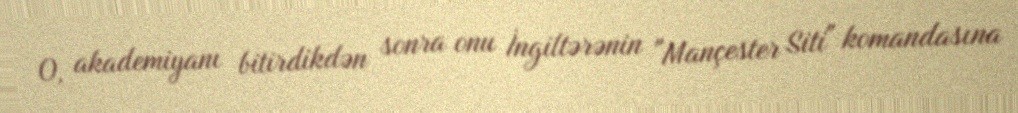
O, akademiyanı bitirdikdən sonra onu İngiltərənin "Mançester Siti" komandasına